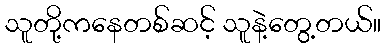
သူတို့ကနေတစ်ဆင့် သူနဲ့တွေ့တယ်။